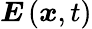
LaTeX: \boldsymbol{E}\left(\boldsymbol{x},t\right)